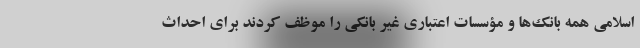
اسلامی همه بانک‌ها و مؤسسات اعتباری غیر بانکی را موظف کردند برای احداث